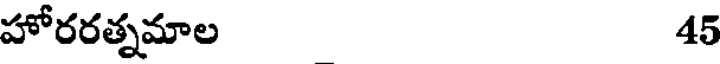
హోరరత్నమాల 45